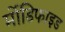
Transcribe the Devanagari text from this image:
र्मोडिफाइड